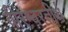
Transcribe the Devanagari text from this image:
वीरेश्वरतीर्थ